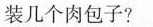
装几个肉包子?